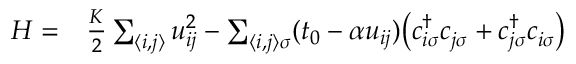
\begin{array} { r l } { H = } & { { } \frac { K } { 2 } \sum _ { \langle i , j \rangle } u _ { i j } ^ { 2 } - \sum _ { \langle i , j \rangle \sigma } ( t _ { 0 } - \alpha u _ { i j } ) \big ( c _ { i \sigma } ^ { \dag } c _ { j \sigma } ^ { \phantom { } } + c _ { j \sigma } ^ { \dag } c _ { i \sigma } ^ { \phantom { } } \big ) } \end{array}